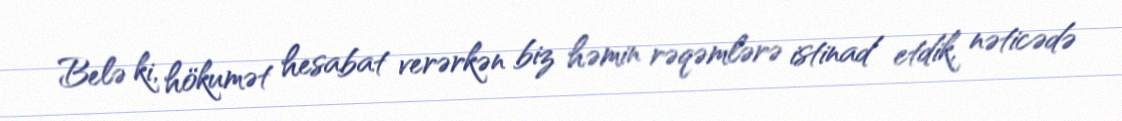
Belə ki, hökumət hesabat verərkən biz həmin rəqəmlərə istinad etdik, nəticədə